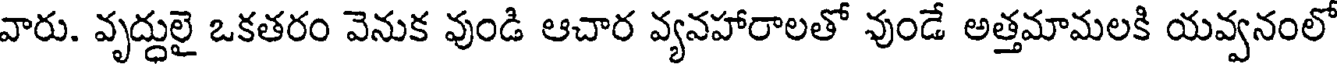
వారు. వృద్ధులై ఒకతరం వెనుక వుండి ఆచార వ్యనహారాలతో వుండే అత్తమామలకి యవ్వనంలో